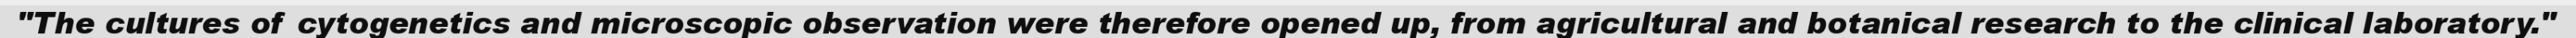
"The cultures of cytogenetics and microscopic observation were therefore opened up, from agricultural and botanical research to the clinical laboratory."